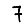
Digit: 7